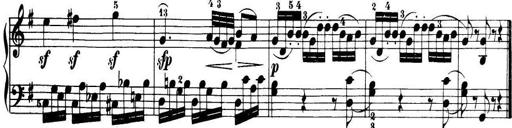
Title: 32 Sonatinas and Rondos for the Piano
Composer: Richard Kleinmichel